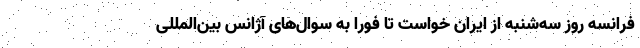
فرانسه روز سه‌شنبه از ایران خواست تا فورا به سوال‌های آژانس بین‌المللی